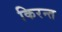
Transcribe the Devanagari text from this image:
किरन्त